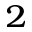
_ { 2 }